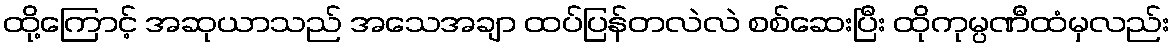
ထို့ကြောင့် အဆုယာသည် အသေအချာ ထပ်ပြန်တလဲလဲ စစ်ဆေးပြီး ထိုကုမ္ပဏီထံမှလည်း